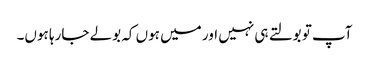
آپ تو بولتے ہی نہیں اور میں ہوں کہ بولے جارہا ہوں۔